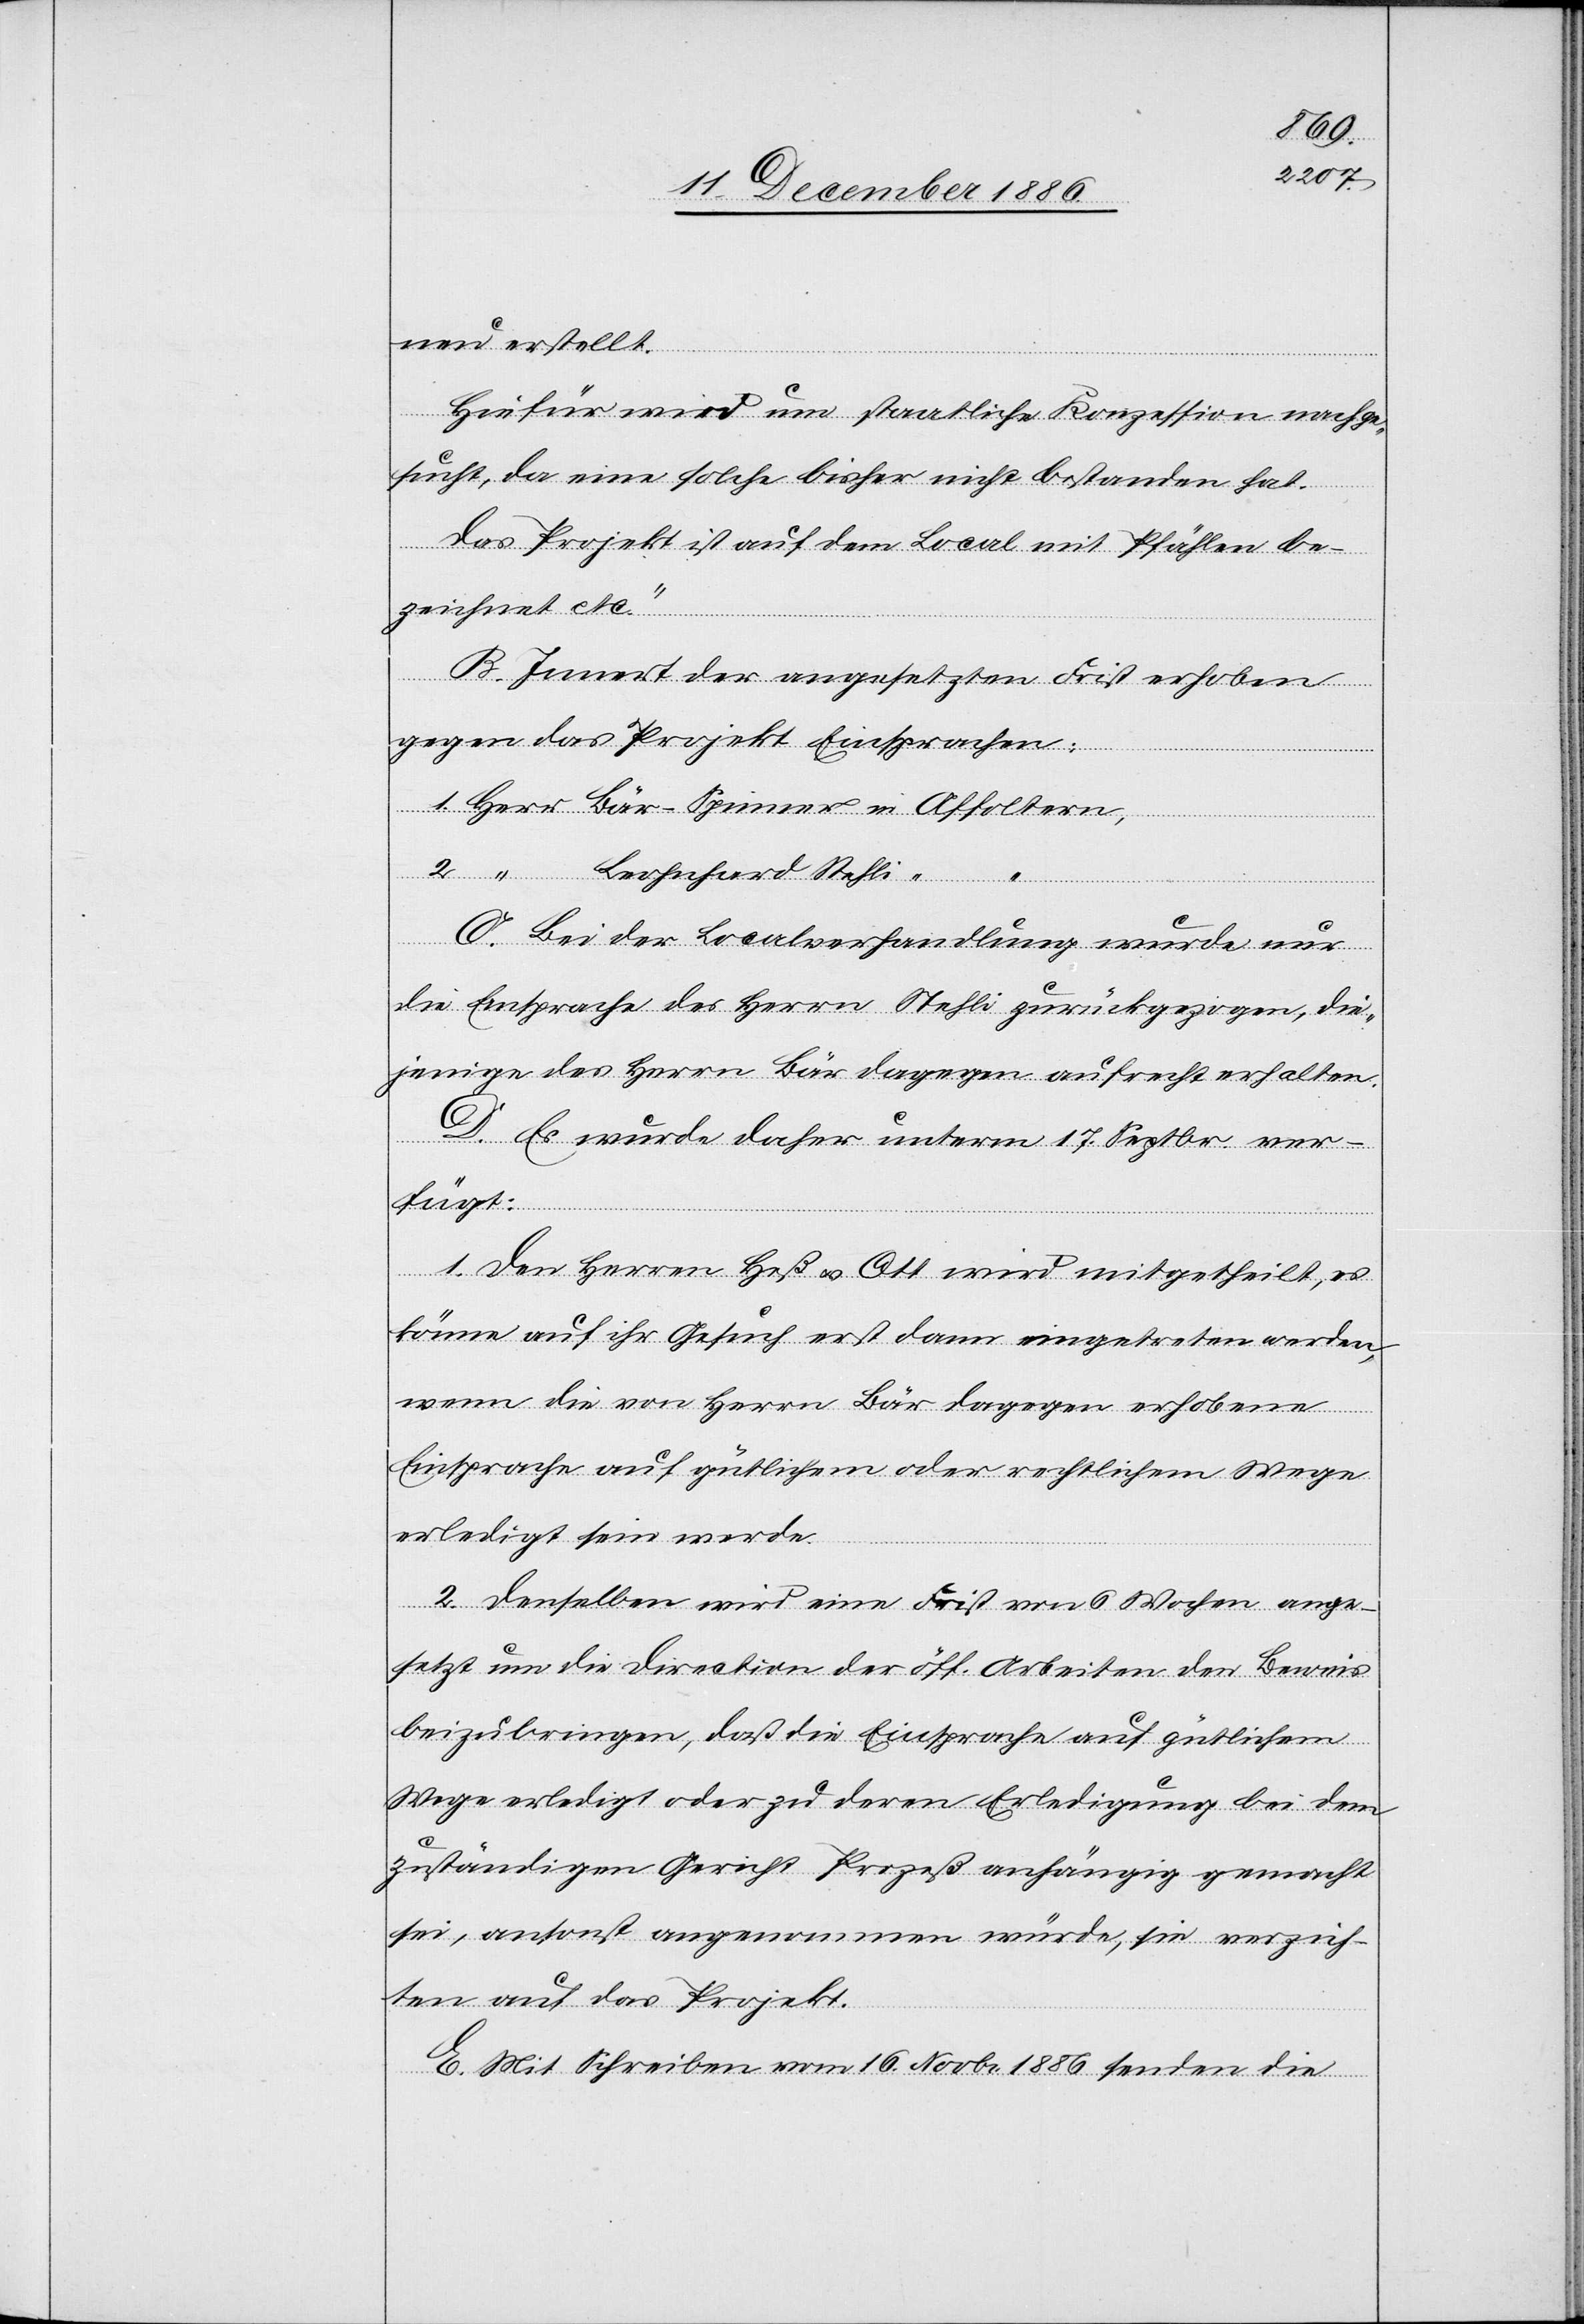
neu erstellt.
Hiefür wird um staatliche Konzession nachge¬
sucht, da eine solche bisher nicht bestanden hat.
Das Projekt ist auf dem Local mit Pfählen be¬
zeichnet etc.“
B. Innert der angesetzten Frist erhoben
gegen das Projekt Einsprachen:
1. Herr Bär-Spinner in Affoltern,
Arbeiten
den
C. Bei der Localverhandlung wurde nur
die Einsprache des Herrn Stehli zurückgezogen, die¬
jenige des Herrn Bär dagegen aufrecht erhalten.
D. Es wurde daher unterm 17. Septbr. ver¬
fügt:
1. Den Herren Heß & Ott wird mitgetheilt, es
könne auf ihr Gesuch erst dann eingetreten werden,
wenn die von Herrn Bär dagegen erhobene
Einsprache auf gütlichem oder rechtlichem Wege
erledigt sein werde.
2. Denselben wird eine Frist von 6 Wochen ange¬
beizubringen, daß die Einsprache auf gütlichem
Wege erledigt oder zu deren Erledigung bei dem
2.
zuständigen Gericht Prozeß anhängig gemacht
sei, ansonst angenommen würde, sie verzich¬
ten auf das Projekt.
E. Mit Schreiben vom 16. Novbr. 1886 senden die